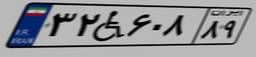
۳۲W۶۰۸۸۹